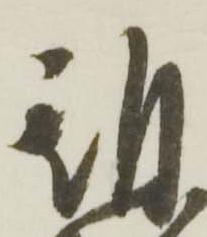
期